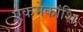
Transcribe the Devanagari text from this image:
एकमेकांशि